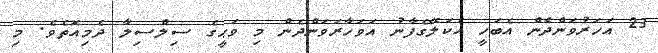
23 އަހަރުވަންދެން އެބަހީ އެކަލޭގެފާނު އަވަހާރަވަންދެން މި ވަޙީގެ ސިލްސިލާ ދެމިއޮތެވެ. މި